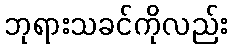
ဘုရားသခင်ကိုလည်း